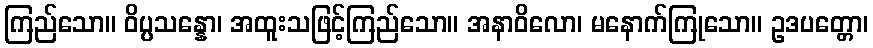
ကြည်သော။ ဝိပ္ပသန္နော၊ အထူးသဖြင့်ကြည်သော။ အနာဝိလော၊ မနောက်ကြုသော။ ဥဒပတ္တော၊